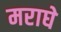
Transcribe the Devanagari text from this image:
मराघे